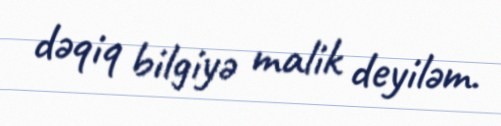
dəqiq bilgiyə malik deyiləm.